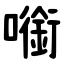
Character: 㘅